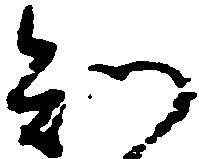
知